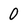
Character: 0